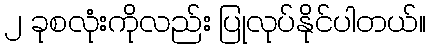
၂ ခုစလုံးကိုလည်း ပြုလုပ်နိုင်ပါတယ်။